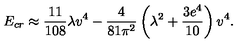
E _ { c r } \approx { \frac { 1 1 } { 1 0 8 } } \lambda v ^ { 4 } - { \frac { 4 } { 8 1 \pi ^ { 2 } } } \left( \lambda ^ { 2 } + { \frac { 3 e ^ { 4 } } { 1 0 } } \right) v ^ { 4 } .